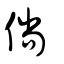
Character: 倘